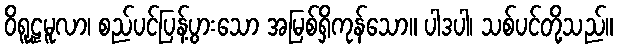
ဝိရူဠှမူလာ၊ စည်ပင်ပြန့်ပွားသော အမြစ်ရှိကုန်သော။ ပါဒပါ၊ သစ်ပင်တို့သည်။